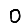
Digit: 0